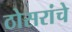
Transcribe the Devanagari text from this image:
ठोसरांचे